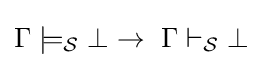
\Gamma \models _{\mathcal {S}}\bot \to \ \Gamma \vdash _{\mathcal {S}}\bot